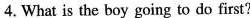
4.What is the boy going to do first?